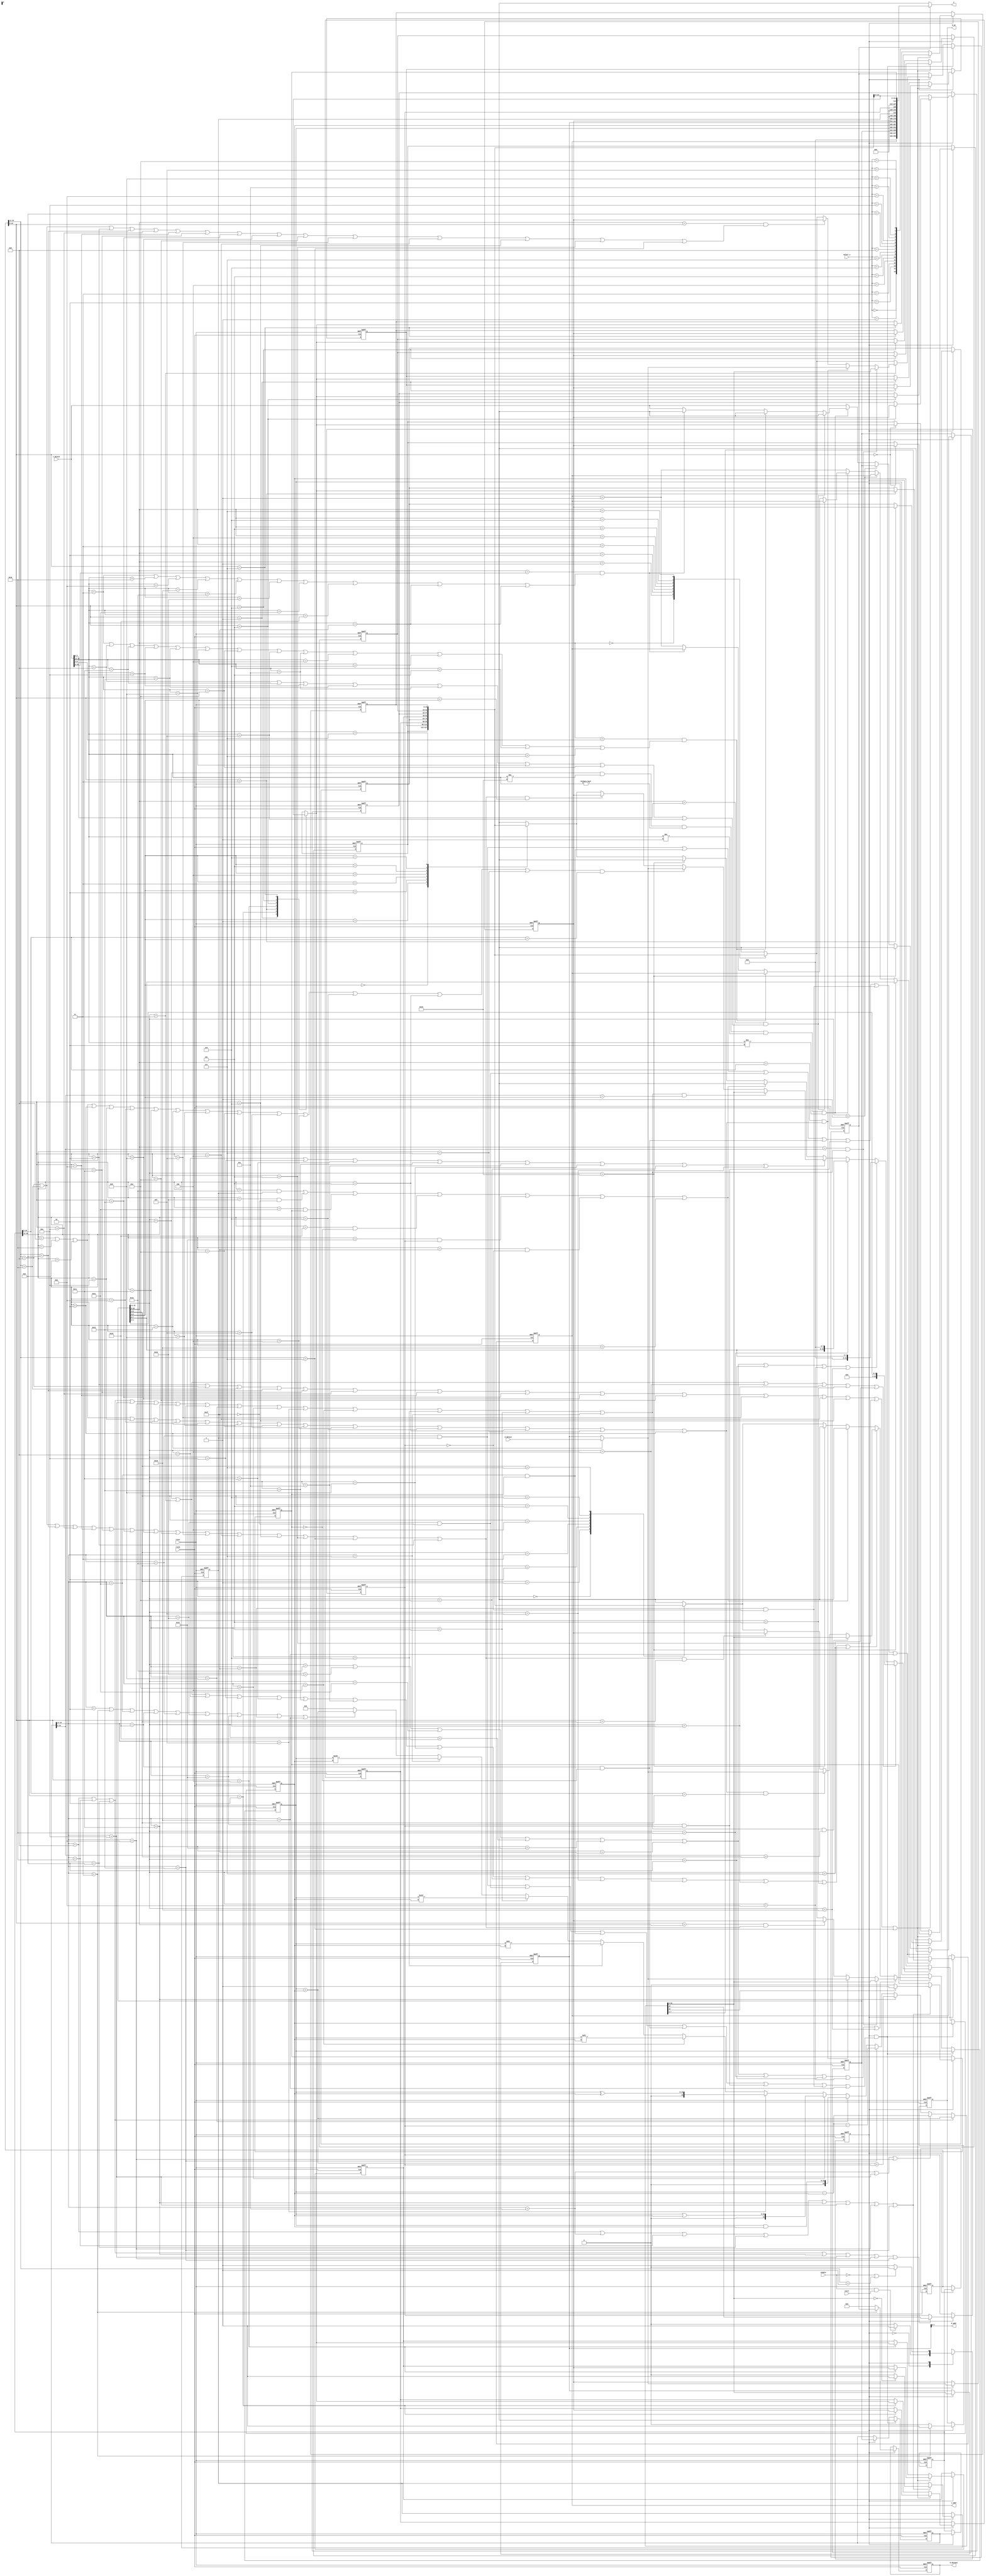
`timescale 1ns / 1ps
//////////////////////////////////////////////////////////////////////////////////
// Company: 
// Engineer: 
// 
// Design Name: 
// Module Name:    PCPU 
// Project Name: 
// Target Devices: 
// Tool versions: 
// Description: 
//
// Dependencies: 
//
// Revision: 
// Revision 0.01 - File Created
// Additional Comments: 
//
//////////////////////////////////////////////////////////////////////////////////
`define idle	1'b0
`define exec	1'b1
// instruction 
`define NOP	5'b00000
`define HALT	5'b00001
`define LOAD	5'b00010
`define STORE	5'b00011
`define SLL	5'b00100
`define SLA	5'b00101
`define SRL	5'b00110
`define SRA	5'b00111
`define ADD	5'b01000
`define ADDI	5'b01001
`define SUB	5'b01010
`define SUBI	5'b01011
`define CMP	5'b01100
`define AND	5'b01101
`define OR	5'b01110
`define XOR	5'b01111
`define LDIH	5'b10000
`define ADDC	5'b10001
`define SUBC	5'b10010
`define JUMP	5'b11000
`define JMPR	5'b11001
`define BZ	5'b11010
`define BNZ	5'b11011
`define BN	5'b11100
`define BNN	5'b11101
`define BC	5'b11110
`define BNC	5'b11111
//register 
`define gr0	3'b000
`define gr1	3'b001
`define gr2	3'b010
`define gr3	3'b011
`define gr4	3'b100
`define gr5	3'b101
`define gr6	3'b110
`define gr7	3'b111

module PCPU(
	input clock,
	input enable,
	input reset,
	input start,
	input [15:0] d_datain,
	input [15:0] i_datain,
	input [3:0] select_y,
	output wire [7:0] d_addr,
	output wire [15:0] d_dataout,
	output wire d_we,
	output wire [7:0] i_addr,
	output reg [15:0] y
);
reg state,next_state;
reg [7:0] pc;
reg [15:0] id_ir,ex_ir,mem_ir,wb_ir;
reg [15:0] reg_A, reg_B, reg_C, reg_C1, smdr, smdr1, ALUo; 
reg dw, zf, nf, cf, cin;
reg [15:0] gr[0:7];
assign d_dataout = smdr1;
assign d_we = dw;
assign d_addr = reg_C[7:0];
assign i_addr = pc;
//************* CPU control *************//
always @(posedge clock or negedge reset)
	begin
		if (!reset)
			state <= `idle;
		else
			state <= next_state;
	end
always @(*)
	begin
		case (state)
			`idle : 
				if ((enable == 1'b1) && (start == 1'b1)) // on
					next_state <= `exec;
				else	
					next_state <= `idle;
			`exec :
				if ((enable == 1'b0) || (wb_ir[15:11] == `HALT))//pause
					next_state <= `idle;
				else
					next_state <= `exec;
		endcase
	end
	
//************* IF *************// 
always @(posedge clock or negedge reset)
	begin
		if (!reset)
			begin
				id_ir <= 16'b0000_0000_0000_0000;
				pc <= 8'b0000_0000;
			end
			
		else if (state ==`exec)
			begin	
            if((ex_ir[15:11] == `BZ && zf == 1'b1) || (ex_ir[15:11] == `BN && nf == 1'b1)
				    ||(ex_ir[15:11] == `BNZ && zf == 1'b0) || (ex_ir[15:11] == `BNN && nf == 1'b0)
					 ||(ex_ir[15:11] == `BC && cin == 1'b1) || (ex_ir[15:11] == `BNC && cin == 1'b0)
					 || ex_ir[15:11] == `JMPR)
					begin
					   pc <= ALUo[7:0];
					   id_ir <= 16'bx;//flush
				   end
				else if(id_ir[15:11] == `JUMP)
				   begin
                  pc <= id_ir[7:0];	//jump to {val2,val3}
					   id_ir <= 16'bx;
               end
				else if(id_ir[15:11] == `HALT) // STOP
					begin 
					   pc <= pc; 
					   id_ir <= id_ir; 
					end		
            //Load hazard					
				else if((id_ir[15:11] == `LOAD)&&(i_datain[15:11]!=`JUMP)&&(i_datain[15:11]!=`NOP)&&(i_datain[15:11]!=`HALT)
                  &&(i_datain[15:11]!=`LOAD)) 
		         begin
					  //r1
		           if((id_ir[10:8]==i_datain[2:0])&&((i_datain[15:11]==`ADD)||(i_datain[15:11]==`ADDC)
					   ||(i_datain[15:11]==`SUB)||(i_datain[15:11]==`SUBC)||(i_datain[15:11]==`CMP)||(i_datain[15:11]==`AND)
						||(i_datain[15:11]==`OR)||(i_datain[15:11]==`XOR)))
			           begin
			             pc <= pc;
			             id_ir <= 16'bx;
			           end
					  //r2
			        else if((id_ir[10:8]==i_datain[6:4])&&((i_datain[15:11]==`STORE)||(i_datain[15:11]==`ADD)
				      ||(i_datain[15:11]==`ADDC)||(i_datain[15:11]==`SUB)||(i_datain[15:11]==`SUBC)||(i_datain[15:11]==`AND)
						||(i_datain[15:11]==`OR)||(i_datain[15:11]==`XOR)||(i_datain[15:11]==`CMP)||(i_datain[15:11]==`SLL)
						||(i_datain[15:11]==`SRL)||(i_datain[15:11]==`SLA)||(i_datain[15:11]==`SRA)))
			           begin
			             pc <= pc;
			             id_ir <= 16'bx;
			           end
					  //r3
		           else if((id_ir[10:8]==i_datain[10:8])&&((i_datain[15:11]==`STORE)||(i_datain[15:11]==`LDIH)
				      ||(i_datain[15:11]==`SUBI)||(i_datain[15:11]==`JMPR)||(i_datain[15:11]==`BZ)||(i_datain[15:11]==`BNZ)
					   ||(i_datain[15:11]==`BN)||(i_datain[15:11]==`BNN)||(i_datain[15:11]==`BNC)||(i_datain[15:11]==`BNC)))
			           begin
			             pc <= pc;
			             id_ir <= 16'bx;
			           end
					  else
					     begin
						    pc <= pc + 1'b1;
			             id_ir <= i_datain;
						  end
				   end
				else
				   begin
					   pc <= pc + 1'b1;
					   id_ir <= i_datain;
					end
			end
         else if(state==`idle)
				begin
				   id_ir <= id_ir;
					pc <= pc;
				end			
	end
//************* ID *************//
always @(posedge clock or negedge reset)
	begin
		if (!reset)
			begin
				ex_ir <= 16'b0000_0000_0000_0000;
				reg_A <= 16'b0000_0000_0000_0000;
				reg_B <= 16'b0000_0000_0000_0000; 
				smdr <= 16'b0000_0000_0000_0000;
			end
		//flush
		else if(state == `exec && ((ex_ir[15:11]==`BZ && zf==1'b1) ||(ex_ir[15:11]==`BNZ && zf==1'b0) 
		      ||(ex_ir[15:11]==`BN && nf==1'b1) || (ex_ir[15:11]==`BNN && nf==1'b0) ||(ex_ir[15:11]==`BC && cin==1'b1)
            ||(ex_ir[15:11]==`BNC && cin==1'b0) || ex_ir[15:11]==`JMPR))
              ex_ir <= 16'bx;

      else if (state == `exec)
			begin
				ex_ir <= id_ir;
			   //r1=r1+{val2,val3}
				if ((id_ir[15:11] == `BZ) || (id_ir[15:11] == `BNZ) || (id_ir[15:11] == `BN) || (id_ir[15:11] == `BNN) 
				  || (id_ir[15:11] == `BC) || (id_ir[15:11] == `BNC) || (id_ir[15:11] == `LDIH) || (id_ir[15:11] == `ADDI) 
				  || (id_ir[15:11] == `SUBI) || (id_ir[15:11] == `JMPR)) 
				  begin
				    //r1
				   if(id_ir[10:8]==ex_ir[10:8]&&(ex_ir[15:11] == `ADD || ex_ir[15:11] == `LDIH || ex_ir[15:11] == `ADDI || ex_ir[15:11] == `SUB
						  || ex_ir[15:11] == `SUBI || ex_ir[15:11] == `ADDC || ex_ir[15:11] == `SUBC || ex_ir[15:11] == `AND 
						  || ex_ir[15:11] == `OR || ex_ir[15:11] == `XOR || ex_ir[15:11] == `SLL || ex_ir[15:11] == `SRL
						  || ex_ir[15:11] == `SLA || ex_ir[15:11] == `SRA ))
					   reg_A <= ALUo; 
					else if(id_ir[10:8] == mem_ir[10:8]&&(mem_ir[15:11] == `ADD || mem_ir[15:11] == `LDIH || mem_ir[15:11] == `ADDI 
						    || mem_ir[15:11] == `SUB || mem_ir[15:11] == `SUBI || mem_ir[15:11] == `ADDC 
							 || mem_ir[15:11] == `SUBC || mem_ir[15:11] == `AND || mem_ir[15:11] == `OR || mem_ir[15:11] == `XOR 
							 || mem_ir[15:11] == `SLL || mem_ir[15:11] == `SRL || mem_ir[15:11] == `SLA || mem_ir[15:11] == `SRA 
							 || mem_ir[15:11] == `LOAD))
						     begin
							     if(mem_ir[15:11]==`LOAD)  //load
		                       reg_A <= d_datain;
		                    else
	                          reg_A <= reg_C;  
                       end
               else if(wb_ir[10:8] == id_ir[10:8]&&(wb_ir[15:11] == `ADD || wb_ir[15:11] == `LDIH || wb_ir[15:11] == `ADDI || wb_ir[15:11] == `SUB
						    || wb_ir[15:11] == `SUBI || wb_ir[15:11] == `ADDC || wb_ir[15:11] == `SUBC || wb_ir[15:11] == `AND 
						    || wb_ir[15:11] == `OR || wb_ir[15:11] == `XOR || wb_ir[15:11] == `SLL || wb_ir[15:11] == `SRL
						    || wb_ir[15:11] == `SLA || wb_ir[15:11] == `SRA || wb_ir[15:11] == `LOAD ))
                       reg_A <= reg_C1;					
					else
					   reg_A <= gr[(id_ir[10:8])];//gr1
				  end
				//r1=r2#r3 or r1=r2#val	
				else if(id_ir[15:11] == `LOAD || id_ir[15:11] == `STORE || id_ir[15:11] == `ADD || id_ir[15:11] == `SUB 
				        || id_ir[15:11] == `ADDC || id_ir[15:11] == `SUBC || id_ir[15:11] == `CMP || id_ir[15:11] == `AND 
						  || id_ir[15:11] == `OR || id_ir[15:11] == `XOR || id_ir[15:11] == `SLL || id_ir[15:11] == `SRL 
						  || id_ir[15:11] == `SLA || id_ir[15:11] == `SRA) 
				    begin
					   //r2
					   if( (ex_ir[15:11] == `ADD || ex_ir[15:11] == `LDIH || ex_ir[15:11] == `ADDI || ex_ir[15:11] == `SUB
						  || ex_ir[15:11] == `SUBI || ex_ir[15:11] == `ADDC || ex_ir[15:11] == `SUBC || ex_ir[15:11] == `AND 
						  || ex_ir[15:11] == `OR || ex_ir[15:11] == `XOR || ex_ir[15:11] == `SLL || ex_ir[15:11] == `SRL
						  || ex_ir[15:11] == `SLA || ex_ir[15:11] == `SRA )&& ex_ir[10:8] == id_ir[6:4])
						    reg_A <= ALUo;
						else if( (mem_ir[15:11] == `ADD || mem_ir[15:11] == `LDIH || mem_ir[15:11] == `ADDI 
						      || mem_ir[15:11] == `SUB || mem_ir[15:11] == `SUBI || mem_ir[15:11] == `ADDC 
							   || mem_ir[15:11] == `SUBC || mem_ir[15:11] == `AND || mem_ir[15:11] == `OR || mem_ir[15:11] == `XOR 
							   || mem_ir[15:11] == `SLL || mem_ir[15:11] == `SRL || mem_ir[15:11] == `SLA || mem_ir[15:11] == `SRA 
							   || mem_ir[15:11] == `LOAD)&& mem_ir[10:8] == id_ir[6:4])
							     if(mem_ir[15:11]==`LOAD)
	                          reg_A <= d_datain;
	                       else
							        reg_A <= reg_C;
						else if( (wb_ir[15:11] == `ADD || wb_ir[15:11] == `LDIH || wb_ir[15:11] == `ADDI || wb_ir[15:11] == `SUB
						    || wb_ir[15:11] == `SUBI || wb_ir[15:11] == `ADDC || wb_ir[15:11] == `SUBC || wb_ir[15:11] == `AND 
						    || wb_ir[15:11] == `OR || wb_ir[15:11] == `XOR || wb_ir[15:11] == `SLL || wb_ir[15:11] == `SRL
						    || wb_ir[15:11] == `SLA || wb_ir[15:11] == `SRA || wb_ir[15:11] == `LOAD )&& wb_ir[10:8] == id_ir[6:4])
							 reg_A <= reg_C1;
						else
						    reg_A <= gr[id_ir[6:4]];//gr2
					 end	
				//flush	 
			   else if((mem_ir[15:11]==`BZ && zf==1'b1) ||(mem_ir[15:11]==`BNZ && zf==1'b0) 
		          ||(mem_ir[15:11]==`BN && nf==1'b1) || (mem_ir[15:11]==`BNN && nf==1'b0) ||(mem_ir[15:11]==`BC && cin==1'b1)
                ||(mem_ir[15:11]==`BNC && cin==1'b0) || mem_ir[15:11]==`JMPR)
                    reg_A <= 16'bx;  
				else if(id_ir[15:11] == `JUMP)
					reg_A <= 16'bx;
				else
					reg_A <= gr[id_ir[6:4]];//gr2
				
				if (id_ir[15:11] == `LOAD || id_ir[15:11] == `STORE || id_ir[15:11] == `SLL || (id_ir[15:11] == `SRL) 
				  || (id_ir[15:11] == `SLA) || (id_ir[15:11] == `SRA))
					reg_B <= {12'b0000_0000_0000, id_ir[3:0]};//val3
				else if ((id_ir[15:11] == `BZ) || (id_ir[15:11] == `BNZ) || (id_ir[15:11] == `BN) || (id_ir[15:11] == `BNN)
				      || (id_ir[15:11] == `BC) || (id_ir[15:11] == `BNC)
				      || (id_ir[15:11] == `ADDI) || (id_ir[15:11] == `SUBI) || (id_ir[15:11] == `JMPR))
					reg_B <= {8'b0000_0000, id_ir[7:0]};//{00000000, value2value3}
				else if(id_ir[15:11] == `LDIH)
				   reg_B <= {id_ir[7:0], 8'b0000_0000};//{val2,val3,00000000)
				//r1=r2#r3
				else if(id_ir[15:11] == `ADD || id_ir[15:11] == `SUB || id_ir[15:11] == `ADDC || id_ir[15:11] == `SUBC 
				    || id_ir[15:11] == `CMP || id_ir[15:11] == `AND || id_ir[15:11] == `OR || id_ir[15:11] == `XOR)
				   begin
					   if( (ex_ir[15:11] == `ADD || ex_ir[15:11] == `LDIH || ex_ir[15:11] == `ADDI || ex_ir[15:11] == `SUB
						  || ex_ir[15:11] == `SUBI || ex_ir[15:11] == `ADDC || ex_ir[15:11] == `SUBC || ex_ir[15:11] == `AND 
						  || ex_ir[15:11] == `OR || ex_ir[15:11] == `XOR || ex_ir[15:11] == `SLL || ex_ir[15:11] == `SRL
						  || ex_ir[15:11] == `SLA || ex_ir[15:11] == `SRA )&& ex_ir[10:8] == id_ir[2:0])
						    reg_B <= ALUo;
						else if( (mem_ir[15:11] == `ADD || mem_ir[15:11] == `LDIH || mem_ir[15:11] == `ADDI 
						   || mem_ir[15:11] == `LOAD || mem_ir[15:11] == `SUB || mem_ir[15:11] == `SUBI || mem_ir[15:11] == `ADDC 
							|| mem_ir[15:11] == `SUBC || mem_ir[15:11] == `AND || mem_ir[15:11] == `OR || mem_ir[15:11] == `XOR
							|| mem_ir[15:11] == `SLL || mem_ir[15:11] == `SRL || mem_ir[15:11] == `SLA || mem_ir[15:11] == `SRA )
							&& mem_ir[10:8] == id_ir[2:0])
                      begin
		                   if(mem_ir[15:11]==`LOAD)
		                       reg_B <= d_datain;
		                   else
		                       reg_B <= reg_C;
                      end
						else if( (wb_ir[15:11] == `ADD || wb_ir[15:11] == `LDIH || wb_ir[15:11] == `ADDI || wb_ir[15:11] == `SUB
						   || wb_ir[15:11] == `SUBI || wb_ir[15:11] == `ADDC || wb_ir[15:11] == `SUBC || wb_ir[15:11] == `AND 
						   || wb_ir[15:11] == `OR || wb_ir[15:11] == `XOR || wb_ir[15:11] == `SLL || wb_ir[15:11] == `SRL
						   || wb_ir[15:11] == `SLA || wb_ir[15:11] == `SRA || wb_ir[15:11] == `LOAD)&& wb_ir[10:8] == id_ir[2:0])
							 reg_B <= reg_C1;
						else
						    reg_B <= gr[id_ir[2:0]];//gr2
					 end
				//flush
				else if((mem_ir[15:11]==`BZ && zf==1'b1) ||(mem_ir[15:11]==`BNZ && zf==1'b0) 
		          ||(mem_ir[15:11]==`BN && nf==1'b1) || (mem_ir[15:11]==`BNN && nf==1'b0) ||(mem_ir[15:11]==`BC && cin==1'b1)
                ||(mem_ir[15:11]==`BNC && cin==1'b0) || mem_ir[15:11]==`JMPR)
                    reg_B <= 16'bx; 
				else if(id_ir[15:11] == `JUMP)
				   reg_B <= 16'bx;
				else
					reg_B <= gr[id_ir[2:0]];//gr3
					
			   if (id_ir[15:11] == `STORE)
				   begin
					  //r1
					  if(id_ir[10:8] == ex_ir[10:8] && (ex_ir[15:11] == `ADD || ex_ir[15:11] == `LDIH || ex_ir[15:11] == `ADDI 
					     || ex_ir[15:11] == `SUB || ex_ir[15:11] == `SUBI || ex_ir[15:11] == `ADDC || ex_ir[15:11] == `SUBC 
					     || ex_ir[15:11] == `AND || ex_ir[15:11] == `OR || ex_ir[15:11] == `XOR || ex_ir[15:11] == `SLL 
					     || ex_ir[15:11] == `SRL || ex_ir[15:11] == `SLA || ex_ir[15:11] == `SRA ))
						   smdr <= ALUo;
					  else if(id_ir[10:8] == mem_ir[10:8] && (mem_ir[15:11] == `ADD || mem_ir[15:11] == `LDIH 
					     || mem_ir[15:11] == `ADDI || mem_ir[15:11] == `SUB || mem_ir[15:11] == `SUBI || mem_ir[15:11] == `ADDC 
						  || mem_ir[15:11] == `SUBC || mem_ir[15:11] == `AND || mem_ir[15:11] == `OR || mem_ir[15:11] == `XOR
						  || mem_ir[15:11] == `SLL || mem_ir[15:11] == `SRL || mem_ir[15:11] == `SLA || mem_ir[15:11] == `SRA
						  || mem_ir[15:11] == `LOAD))
						   begin
		                  if(mem_ir[15:11]==`LOAD)
		                      smdr <= d_datain;
		                  else
		                      smdr <= reg_C;                  
                     end
					  else if(id_ir[10:8] == wb_ir[10:8] && (wb_ir[15:11] == `ADD || wb_ir[15:11] == `LDIH 
					     || wb_ir[15:11] == `LOAD || wb_ir[15:11] == `ADDI || wb_ir[15:11] == `SUB || wb_ir[15:11] == `SUBI 
						  || wb_ir[15:11] == `ADDC || wb_ir[15:11] == `SUBC || wb_ir[15:11] == `AND || wb_ir[15:11] == `OR 
						  || wb_ir[15:11] == `XOR || wb_ir[15:11] == `SLL || wb_ir[15:11] == `SRL || wb_ir[15:11] == `SLA 
						  || wb_ir[15:11] == `SRA ))
						   smdr <= reg_C1;
					  else
					      smdr <= gr[id_ir[10:8]];
					end
				else
				    smdr <= gr[id_ir[10:8]];
			   
					
			end
   end
//************* ALU *************//
reg signed [15:0] reg_A1;// for SRA 
always @(*)
begin
  reg_A1 <= reg_A;
end

always @(*)
	begin
	  //
	  if(ex_ir[15:11] == `ADD || ex_ir[15:11] == `LDIH || ex_ir[15:11] == `ADDI) 
	     {cf, ALUo} <= reg_A + reg_B;
	  else if(ex_ir[15:11] == `CMP || (ex_ir[15:11] == `SUB) || (ex_ir[15:11] == `SUBI))
	     {cf, ALUo} <= reg_A - reg_B;
	  else if(ex_ir[15:11] == `ADDC)
	     {cf, ALUo} <= reg_A + reg_B + cin;
	  else if(ex_ir[15:11] == `SUBC)
	     {cf, ALUo} <= reg_A - reg_B - cin;
	  //
     else if(ex_ir[15:11] == `AND)
        {cf, ALUo} <= reg_A & reg_B; 	  
	  else if(ex_ir[15:11] == `OR)
	     {cf, ALUo} <= reg_A | reg_B;
	  else if(ex_ir[15:11] == `XOR)
	     {cf, ALUo} <= reg_A ^ reg_B;
	  //
	  else if(ex_ir[15:11] == `SLL)
	     {cf, ALUo} <= reg_A << reg_B;
	  else if(ex_ir[15:11] == `SRL)
	     {cf, ALUo} <= reg_A >> reg_B;
	  else if(ex_ir[15:11] == `SLA)
	     {cf, ALUo} <= reg_A <<< reg_B;
	  else if(ex_ir[15:11] == `SRA)
	     {cf, ALUo} <= reg_A1 >>> reg_B;
	  //
	  else if(ex_ir[15:11] == `LOAD || ex_ir[15:11] == `STORE 
	         || ex_ir[15:11] == `BN || ex_ir[15:11] == `BNN || ex_ir[15:11] == `BZ || ex_ir[15:11] == `BNZ
				|| ex_ir[15:11] == `BC || ex_ir[15:11] == `BNC || ex_ir[15:11] == `JMPR)
		  {cf, ALUo} <= reg_A + reg_B;
	  else 
	     {cf, ALUo} <= 17'b0;
	end		
//************* EX *************//	
always @(posedge clock or negedge reset)
	begin
		if (!reset)
			begin
				mem_ir <= 16'b0000_0000_0000_0000;
				reg_C <= 16'b0000_0000_0000_0000;
				smdr1 <= 16'b0000_0000_0000_0000;
				zf <= 1'b0;
				nf <= 1'b0;
				cin <= 1'b0;
				dw <= 1'b0;
			end	
	   else if (state == `exec)
			begin
				mem_ir <= ex_ir;
				reg_C <= ALUo;
				
				if ((ex_ir[15:11] == `ADD) || (ex_ir[15:11] == `CMP) || (ex_ir[15:11] == `LDIH) || (ex_ir[15:11] == `ADDI) 
				 || (ex_ir[15:11] == `ADDC) || (ex_ir[15:11] == `SUB) || (ex_ir[15:11] == `SUBI) || (ex_ir[15:11] == `SUBC))
					begin
						if (ALUo == 16'b0000_0000_0000_0000)
							zf <= 1'b1;//if zero
						else
							zf <= 1'b0;
						if (ALUo[15] == 1'b1)//if negative 
							nf <= 1'b1;
						else
							nf <= 1'b0;
					end
				else
				  begin
				     zf <= zf;
					  nf <= nf;
				  end
				 
				if ((ex_ir[15:11] == `ADD) || (ex_ir[15:11] == `LDIH) || (ex_ir[15:11] == `ADDI) || (ex_ir[15:11] == `ADDC)
				 || (ex_ir[15:11] == `SUB) || (ex_ir[15:11] == `SUBI) || (ex_ir[15:11] == `SUBC))					
					  cin <= cf;
				else
					  cin <= cin; 
					  
				if (ex_ir[15:11] == `STORE)
					begin
						dw <= 1'b1;//data wire enable
						smdr1 <= smdr;
					end
				else
				   begin
					   dw <= 1'b0;
						smdr1 <= 16'b0;
					end
					
			end
   end	  
//************* MEM *************// 
always @(posedge clock or negedge reset)
	begin
		if (!reset)
			begin
				wb_ir <= 16'b0000_0000_0000_0000;
				reg_C1 <= 16'b0000_0000_0000_0000;
			end	
		else if (state == `exec)
			begin
				wb_ir <= mem_ir;
				if (mem_ir[15:11] == `LOAD)
						reg_C1 <= d_datain;
				else
						reg_C1 <= reg_C;
			end
   end		
//************* WB *************//
always @(posedge clock or negedge reset)//
	begin
		if (!reset)
			begin
				gr[7] <= 16'b0000_0000_0000_0000;
				gr[6] <= 16'b0000_0000_0000_0000;
				gr[5] <= 16'b0000_0000_0000_0000;
				gr[4] <= 16'b0000_0000_0000_0000;
				gr[3] <= 16'b0000_0000_0000_0000;
				gr[2] <= 16'b0000_0000_0000_0000;
				gr[1] <= 16'b0000_0000_0000_0000;
				gr[0] <= 16'b0000_0000_0000_0000;
			end	
		else if (state == `exec)
			begin
				if ((wb_ir[15:11] == `LOAD) || (wb_ir[15:11] == `ADD) || (wb_ir[15:11] == `LDIH) || (wb_ir[15:11] == `ADDI)
				 || (wb_ir[15:11] == `ADDC) || (wb_ir[15:11] == `SUB) || (wb_ir[15:11] == `SUBI) || (wb_ir[15:11] == `SUBC)
				 ||(wb_ir[15:11] == `AND) ||(wb_ir[15:11] == `OR) ||(wb_ir[15:11] == `XOR) || (wb_ir[15:11] == `SLL)
				 ||(wb_ir[15:11] == `SRL) ||(wb_ir[15:11] == `SLA) || (wb_ir[15:11] == `SRA))
					gr[wb_ir[10:8]] <= reg_C1;//write back to gr1
				else
				   gr[wb_ir[10:8]] <= gr[wb_ir[10:8]];
			end
   end		
always @(*)
begin
	case(select_y)
		4'b0000: y <= pc;
		4'b0001: y <= id_ir;
		4'b0010: y <= reg_A;
		4'b0011: y <= reg_B;
		4'b0100: y <= reg_C;
		4'b0101: y <= reg_C1;
		4'b0110: y <= {15'b000000000000000,zf};
		4'b0111: y <= {15'b000000000000000,cin};
		4'b1000: y <= {15'b000000000000000,nf};
		4'b1001: y <= gr[1];
		4'b1010: y <= gr[2];
		4'b1011: y <= gr[3];
		4'b1100: y <= gr[4];
		4'b1101: y <= gr[5];
		4'b1110: y <= gr[6];
		4'b1111: y <= gr[7];
		
endcase
end
endmodule